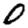
Digit: 0